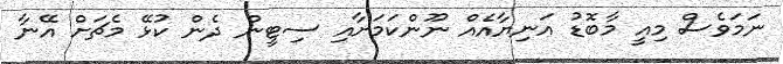
ނަމަވެސް މިއީ މާބޮޑު އަނިޔާއެއް ނޫންކަމަށާއި ސިޓީން ދެން ކުޅޭ މެޗަށް އޭނާ